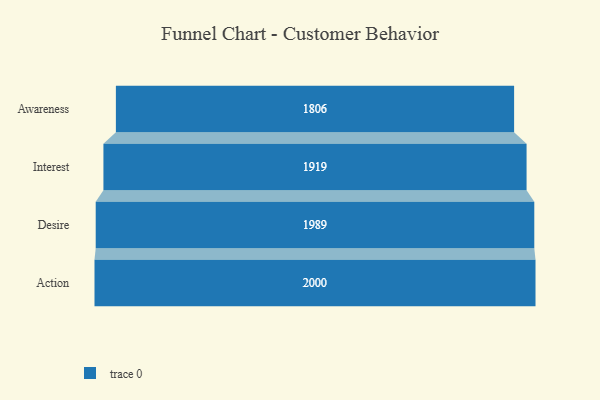
{"axis": {"x": "Stage", "y": "Value"}, "legend": [""], "data": [{"x": "Awareness", "y": 1806.0, "type": ""}, {"x": "Interest", "y": 1919.0, "type": ""}, {"x": "Desire", "y": 1989.0, "type": ""}, {"x": "Action", "y": 2000, "type": ""}]}